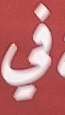
في